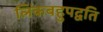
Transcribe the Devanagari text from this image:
लिंकबहुपद्वति